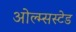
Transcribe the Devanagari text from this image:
ओल्म्सस्टेड